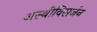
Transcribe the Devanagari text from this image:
अस्थीविसर्जन